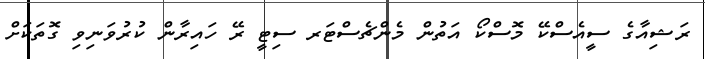
ރަޝިއާގެ ސީއެސްކޭ މޮސްކޯ އަތުން މެންޗެސްޓަރ ސިޓީ ރޭ ހައިރާން ކުރުވަނިވި ގޮތަކަށް